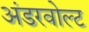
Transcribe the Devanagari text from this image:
अंडरवोल्ट